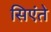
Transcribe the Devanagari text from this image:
सिएंते